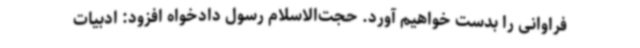
فراوانی را بدست خواهیم آورد. حجت‌الاسلام رسول دادخواه افزود: ادبیات